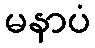
မနာပံ